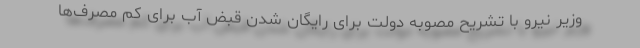
وزیر نیرو با تشریح مصوبه دولت برای رایگان شدن قبض آب برای کم ‌مصرف‌ها